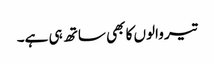
تیر والوں کا بھی ساتھ ہی ہے۔